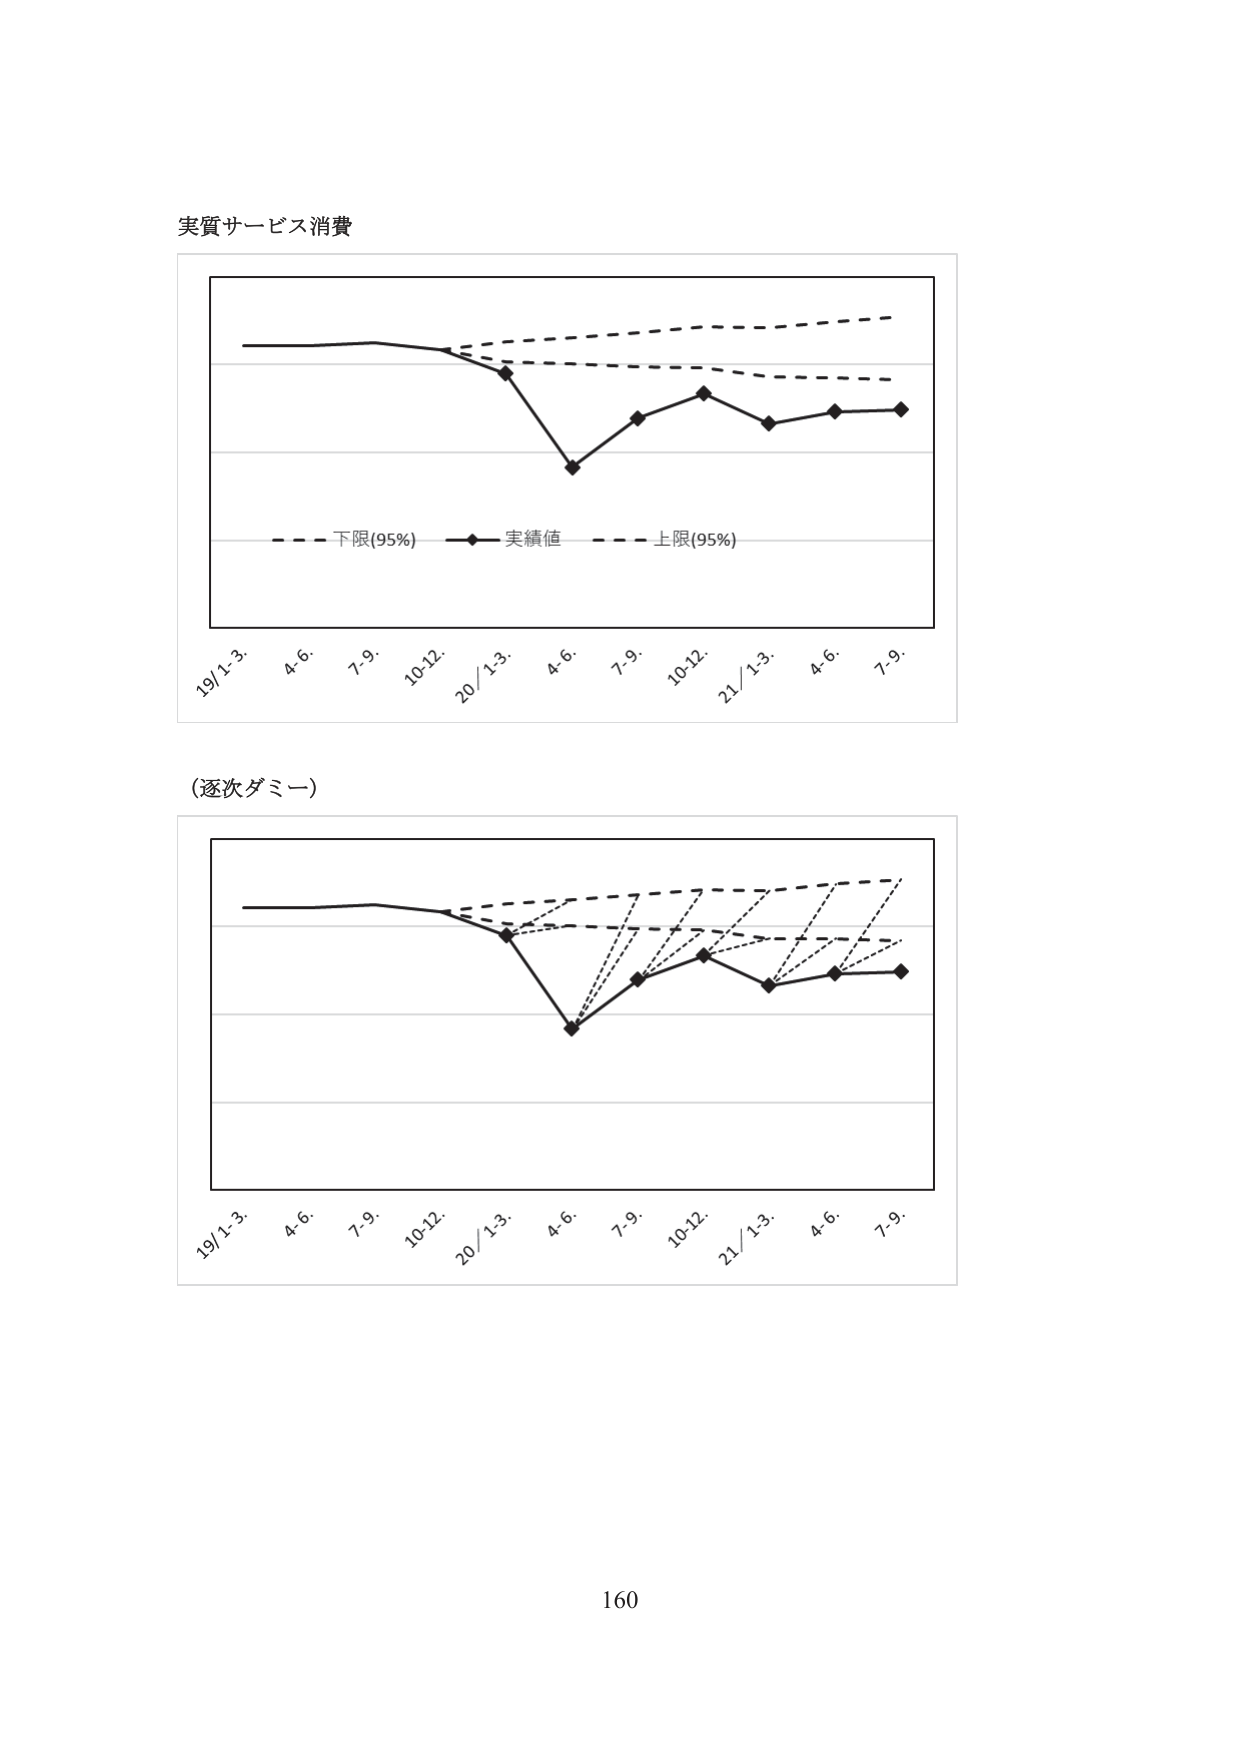
実質サービス消費

- - - 下限(95%) - - - 実績値 - - - 上限(95%)

19/1-3. 4.6. 7.9. 10-12. 20/1-3. 4.6. 7.9. 10-12. 21/1-3. 4.6. 7.9.

（逐次ダミー）

19/1-3. 4.6. 7.9. 10-12. 20/1-3. 4.6. 7.9. 10-12. 21/1-3. 4.6. 7.9.

160